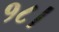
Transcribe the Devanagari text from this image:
१८।